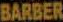
BARBER